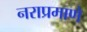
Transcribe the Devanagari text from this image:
नराप्रमाणे